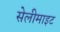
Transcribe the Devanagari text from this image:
सेलीमाइट